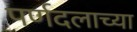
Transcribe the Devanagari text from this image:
पर्णदलाच्या